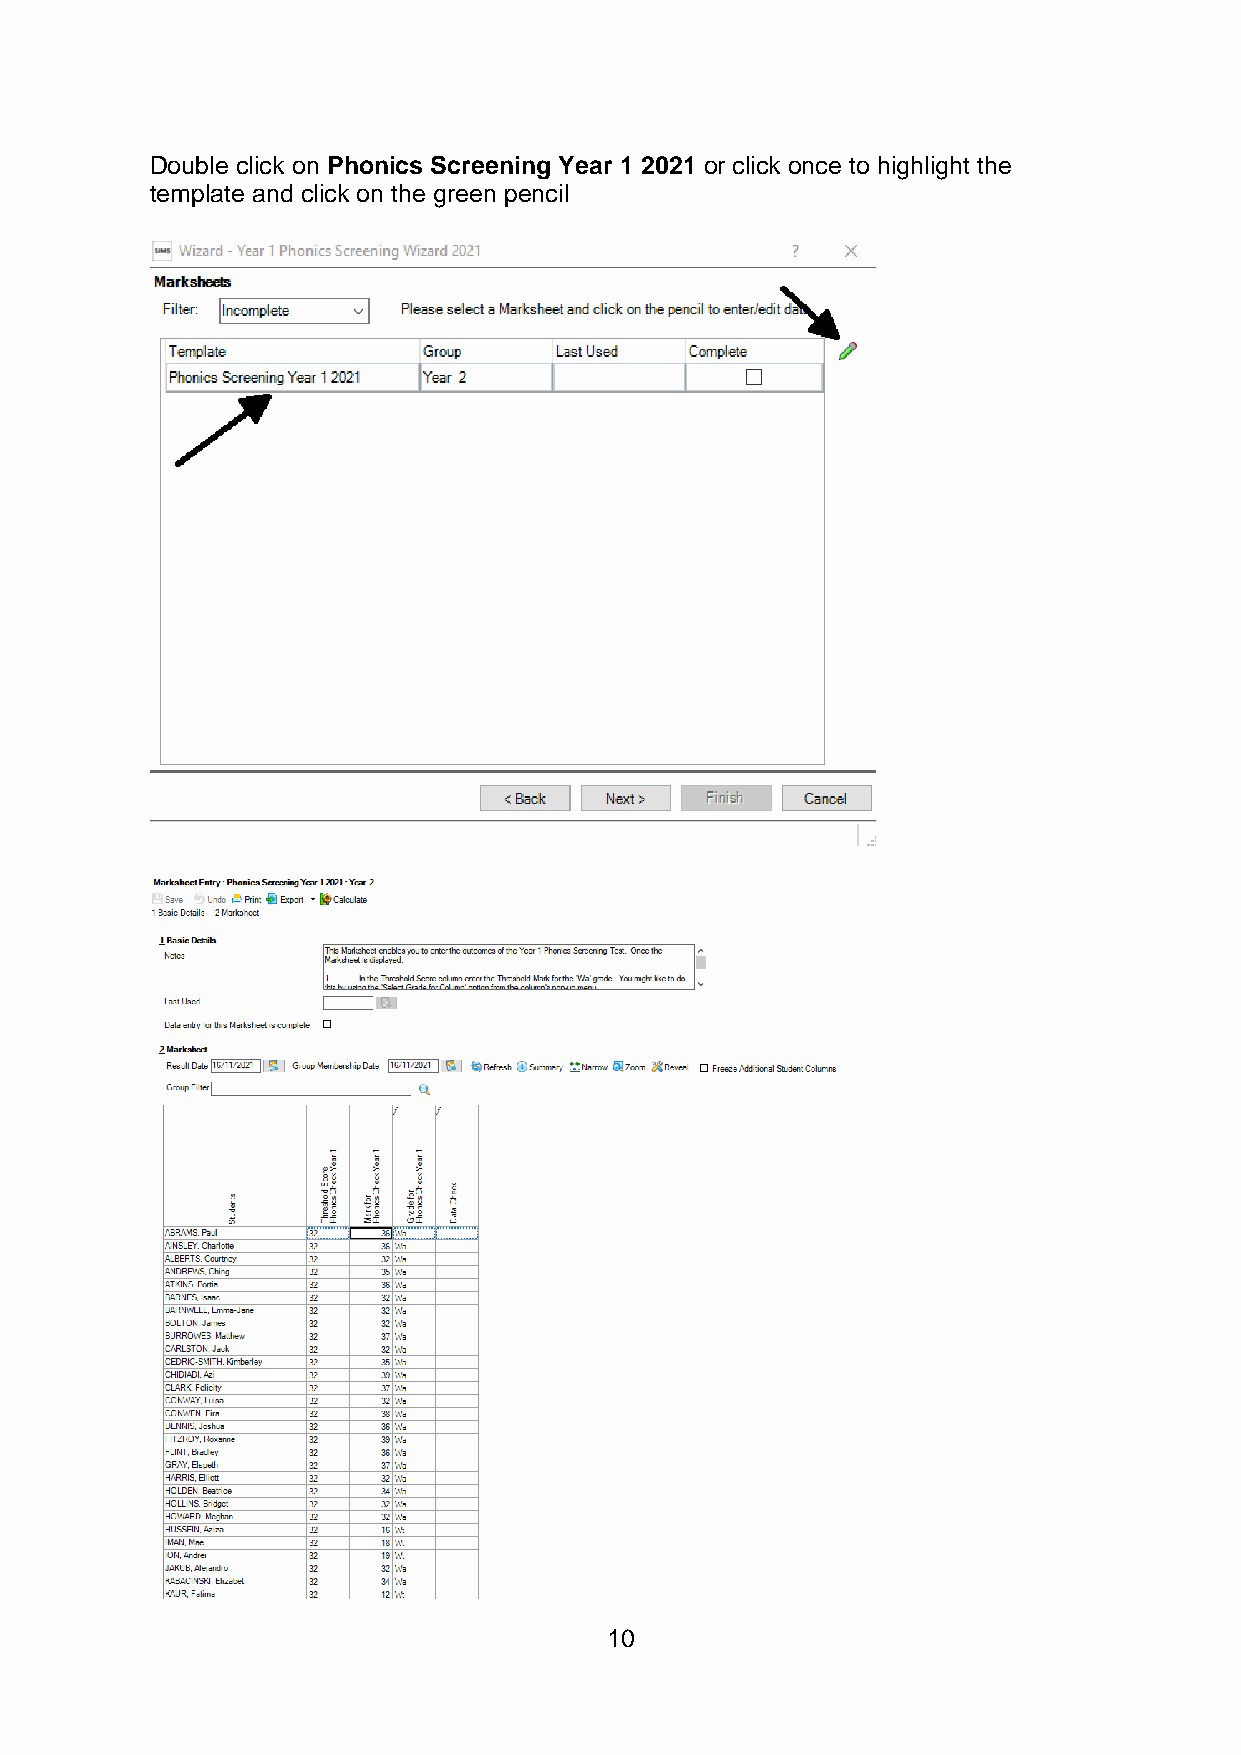
Double click on Phonics Screening Year 1 2021 or click once to highlight the
 template and click on the green pencil
 10